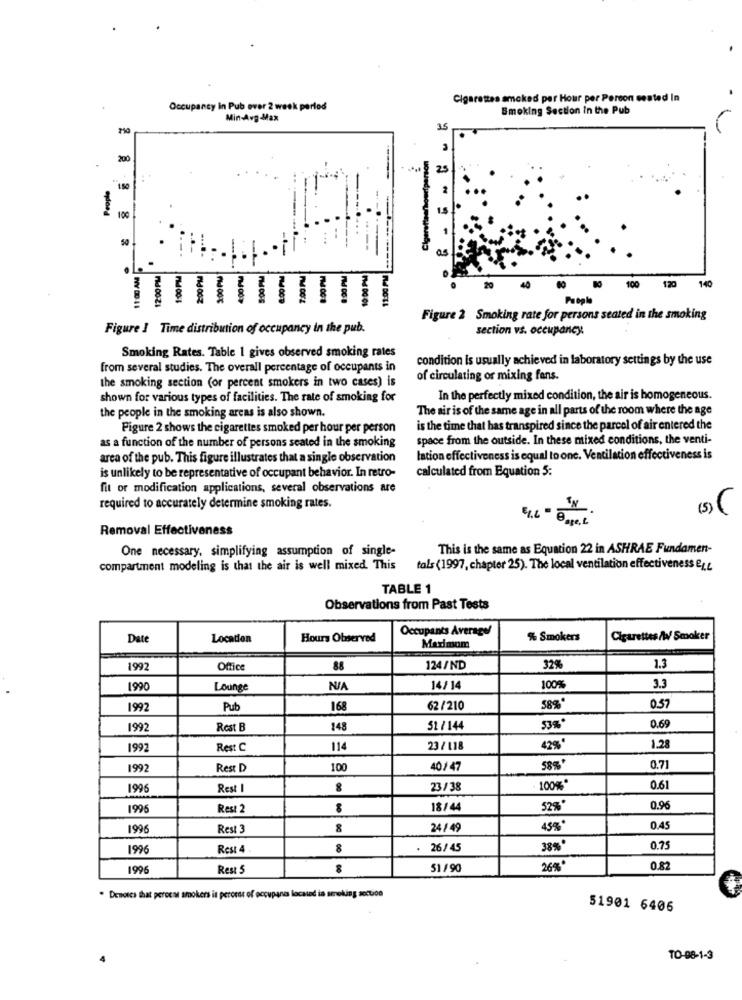
Cigarettes smoked per Hour per Person seated In
Occupancy In Pub over 2 week period
Smoking Section In the Pub
Min-Avg -Max
200
25
People
----
150
100
2 2 8 8
50
100
120
140
940
80
PMEDOS
People
Figure 2 Smoking rate for persons seated in the smoking
Figure I Time distribution of occupancy in the pub.
section vs. occupancy.
Smoking Rates. Table 1 gives observed smoking rates
condition is usually achieved in laboratory settings by the use
from several studies. The overall percentage of occupants in
the smoking section (or percent smokers in two cases) is
of circulating or mixing fans.
shown for various types of facilities. The rate of smoking for
In the perfectly mixed condition, the air is homogeneous.
The air is of the same age in all parts of the room where the age
the people in the smoking areas is also shown.
Figure 2 shows the cigarettes smoked per hour per person
is the time that has transpired since the parcel of air entered the
as a function of the number of persons seated in the smoking
space from the outside. In these mixed conditions, the venti-
area of the pub. This figure illustrates that a single observation
lation effectiveness is equal to one. Ventilation effectiveness is
is unlikely to be representative of occupant behavior. In retro-
calculated from Equation 5:
fit or modification applications, several observations are
required to accurately determine smoking rates.
Removal Effectiveness
One necessary, simplifying assumption of single-
This is the same as Equation 22 in ASHRAE Fundamen-
compartment modeling is that the air is well mixed. This
tals (1997, chapter 25). The local ventilation effectiveness e1.L
TABLE 1
Observations from Past Tests
Occupants Averagel
Date
Location
Hours Observed
Maximum
% Smokers
Cigarettes /W/ Smoker
1992
Office
88
124/ND
32%
1.3
1990
Lounge
14/14
100%
3.3
1992
Pub
168
62/210
58%
0.57
0.69
1992
Rest B
148
51 / 144
53%*
1992
Rest C
114
23/ 118
42%
1.28
1997
Rest D
100
40/47
588'
0.71
1996
Rest I
8
23/38
100%
0.61
199
Rest 2
18/44
52%*
0.96
199
Rest 3
8
24/ 49
45%*
0.45
1996
Rest 4
8
26/ 45
38%*
0.75
199
Rest 5
51 /90
26%
0.82
. Denotes that peroes smokers is peroese of occupanes located in sereking section
51901 6406
TO-08-1-3